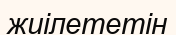
жиілететін